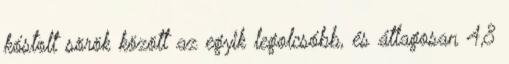
kóstolt sörök között az egyik legolcsóbb, és átlagosan 4,8